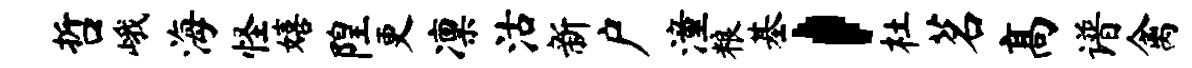
哲峨海怪嬉隍更凛沽新户潼粮基，杜茗高谱禽